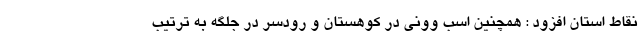
نقاط استان افزود : همچنین اسب وونی در کوهستان و رودسر در جلگه به ترتیب